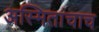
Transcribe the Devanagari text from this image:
अस्मितांचाच